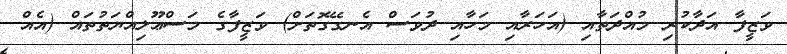
ވަޒީފާ އަދާކުރި މުއްދަތާއި (އަހަރާއި މަހާއި ދުވަސް އެނގޭގޮތަށް) ވަޒީފާގެ މަސްޢޫލިއްޔަތުތައް (އެއް